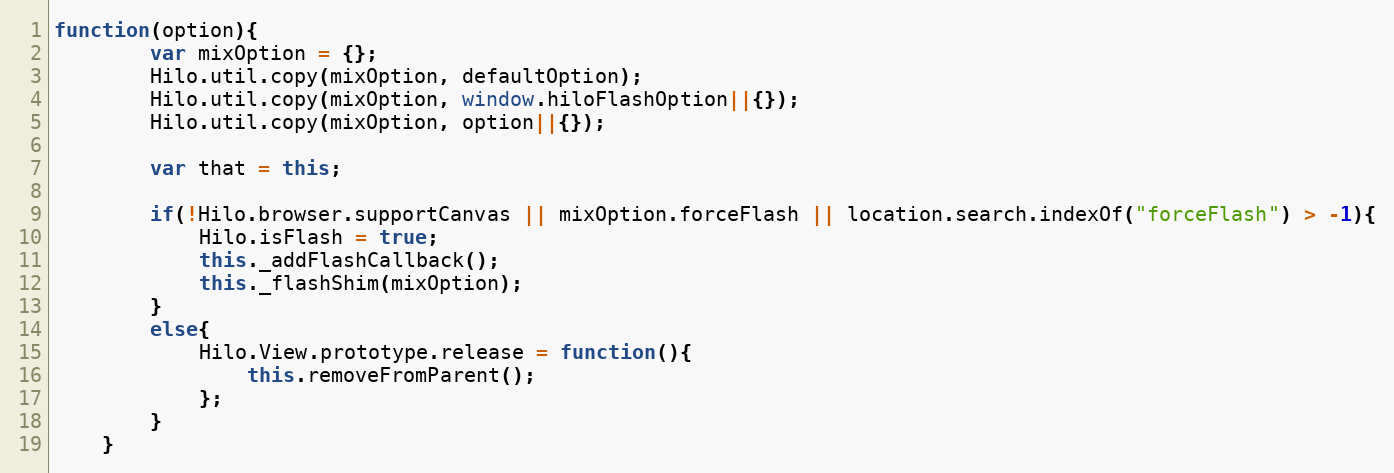
Language: JavaScript
function(option){
        var mixOption = {};
        Hilo.util.copy(mixOption, defaultOption);
        Hilo.util.copy(mixOption, window.hiloFlashOption||{});
        Hilo.util.copy(mixOption, option||{});

        var that = this;

        if(!Hilo.browser.supportCanvas || mixOption.forceFlash || location.search.indexOf("forceFlash") > -1){
            Hilo.isFlash = true;
            this._addFlashCallback();
            this._flashShim(mixOption);
        }
        else{
            Hilo.View.prototype.release = function(){
                this.removeFromParent();
            };
        }
    }